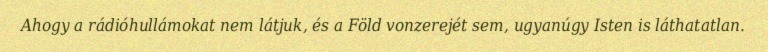
Ahogy a rádióhullámokat nem látjuk, és a Föld vonzerejét sem, ugyanúgy Isten is láthatatlan.